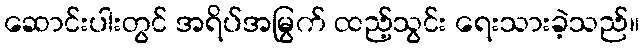
ဆောင်းပါးတွင် အရိပ်အမြွက် ထည့်သွင်း ရေးသားခဲ့သည်။